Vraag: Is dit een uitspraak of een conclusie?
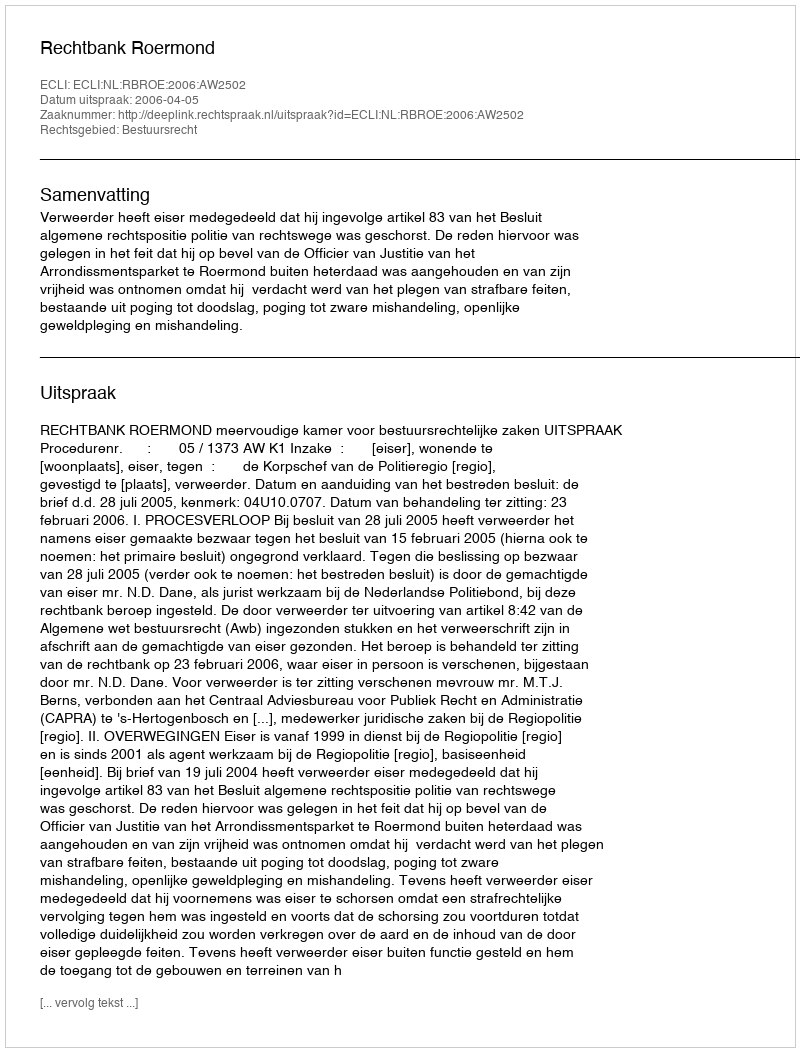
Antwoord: Uitspraak